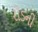
રોડની